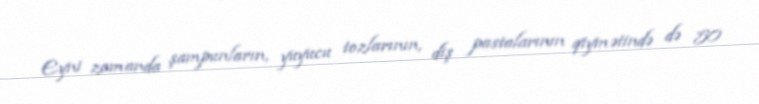
Eyni zamanda şampunların, yuyucu tozlarının, diş pastalarının qiymətində də 50